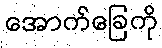
အောက်ခြေကို